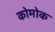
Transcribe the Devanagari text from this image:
कोमोक